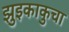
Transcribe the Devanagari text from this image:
झुइकाकुचा